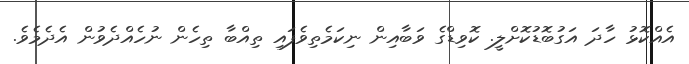
އެއްކޮޅު ހާދަ އަގުބޮޑުކޮށްލީ. ކޮވިޑްގެ ވަބާއިން ނިކަމެތިވެފައި ތިއްބާ ތިހެން ނުހެއްދެވުން އެދެމެވެ.